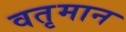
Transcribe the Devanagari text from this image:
वतृमान